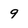
Character: 9